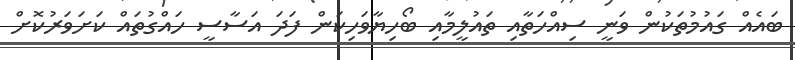
ބައެއް ގައުމުތަކުން ވަނީ ސިއްހަތާއި ތައުލީމާއި ބޯހިޔާވަހިކަން ފަދަ އަސާސީ ހައްގުތައް ކަށަވަރުކޮށް